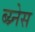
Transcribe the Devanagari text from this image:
ब्य्र्नेस